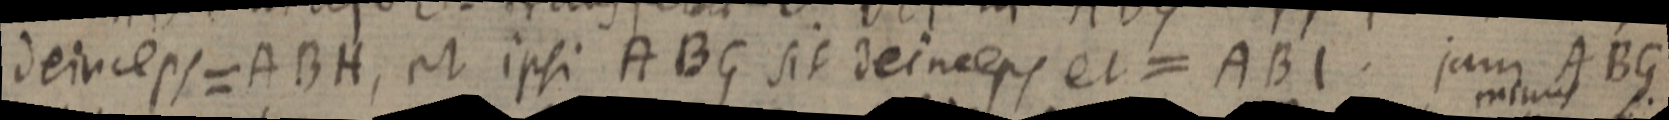
deinceps = ABH, et ipsi ABG sit deinceps et = ABI. jam ABG